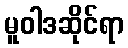
မူဝါဒဆိုင်ရာ